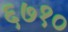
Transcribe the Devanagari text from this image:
६७१०